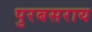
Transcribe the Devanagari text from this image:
पुरबसराय